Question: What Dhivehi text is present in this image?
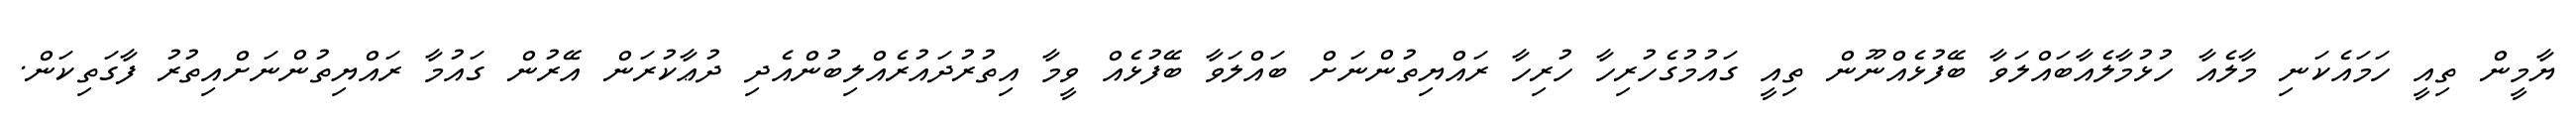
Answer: ޔާމީން ތިއީ ހަމައެކަނި މާލެއާ ހުޅުމާލެއާބައްލަވާ ބޭފުޅެއްނޫން ތިއީ ގައުމުގެހުރިހާ ހުރިހާ ރައްޔިތުންނަށް ބައްލަވާ ބޭފުޅެއް ވީމާ އިތުރުދައުރެއްލިބުންއެދި ދުޢާކުރަން އޭރުން ގައުމާ ރައްޔިތުންނަށްއިތުރު ފާގަތިކަން.